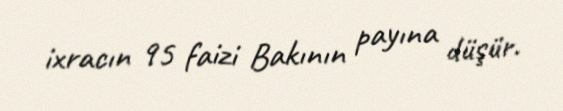
ixracın 95 faizi Bakının payına düşür.